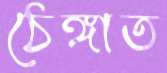
ঠেঙ্গাত